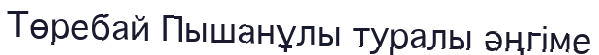
Төребай Пышанұлы туралы әңгіме